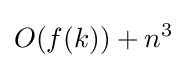
O(f(k))+n^{3}